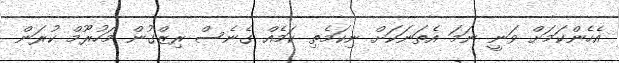
އެހެންކަމަށް ވަނީ ނަމަ އެތަނަކަށް ނިކަމެތި ކަމެއް ގެނެސް ރިޒްގުން މަހުރޫމް ކުރަން